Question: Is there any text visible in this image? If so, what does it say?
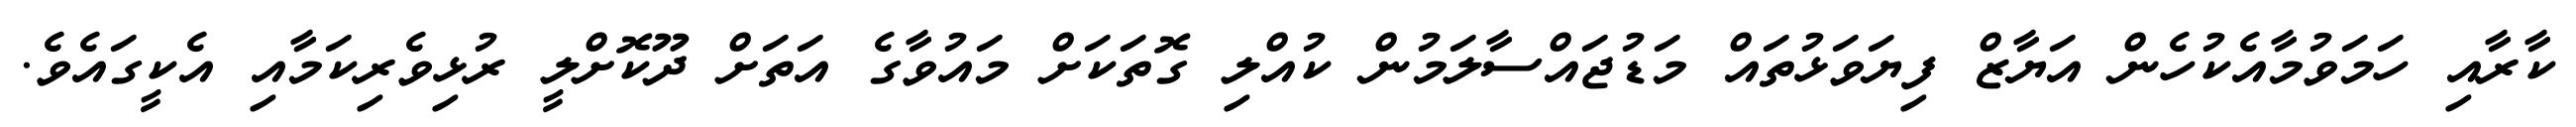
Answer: ކާރާއި ހަމަވުމާއެކުހެން އަޔާޒް ފިޔަވަޅުތައް މަޑުޖައްސާލަމުން ކުއްލި ގޮތަކަށް މައުވާގެ އަތަށް ދޫކޮށްލީ ރުޅިވެރިކަމާއި އެކީގައެވެ.